Scottish Leaving Certificate Examination, 1961
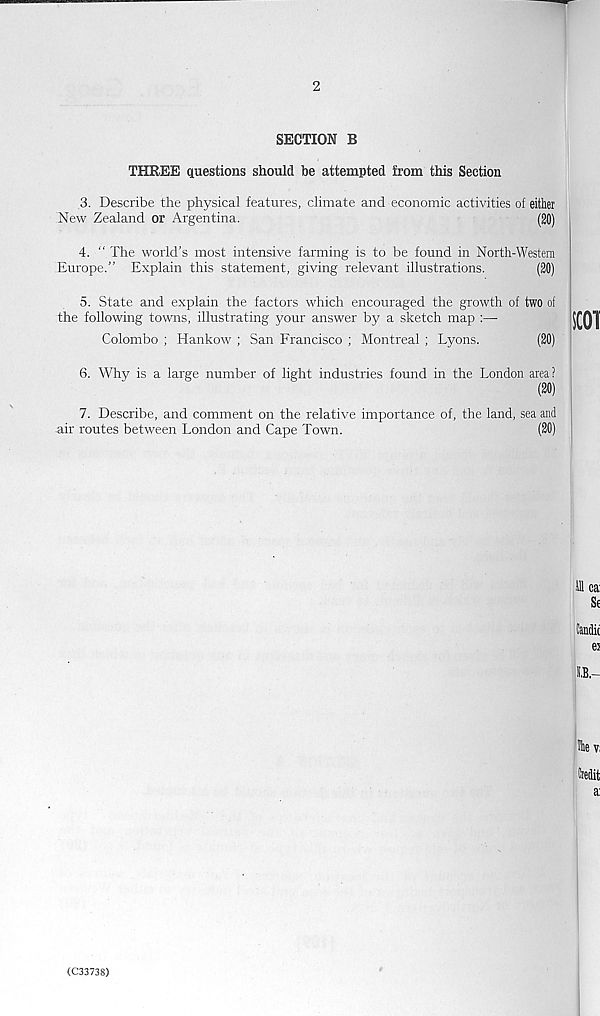
2
SECTION B
THREE questions should be attempted from this Section
3. Describe the physical features, climate and economic activities of either
New Zealand or Argentina.
(20)
4. “ The world's most intensive farming is to be found in North-Western
Europe.” Explain this statement, giving relevant illustrations.
(20)
5. State and explain the factors which encouraged the growth of two of
the following towns, illustrating your answer by a sketch map :—
Colombo ; Hankow ; San Francisco ; Montreal ; Lyons.
(20)
6. Why is a large number of light industries found in the London area?
(20)
7. Describe, and comment on the relative importance of, the land, sea and
air routes between London and Cape Town.
(20)
(C33738)